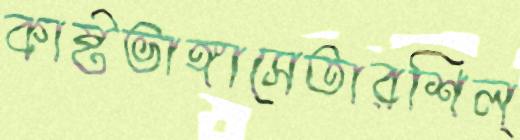
কাষ্টভাঙ্গাসেতারশিল্